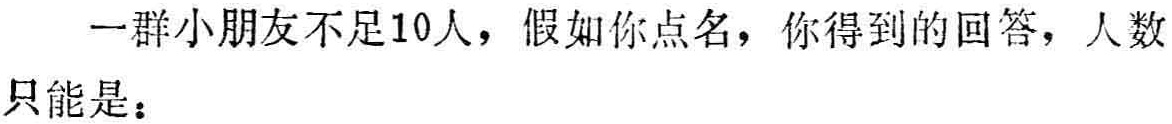
一群小朋友不足10人，假如你点名，你得到的回答，人数只能是：